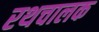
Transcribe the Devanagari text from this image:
रथचालक